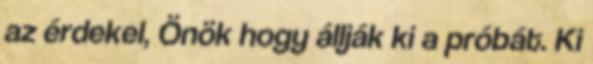
az érdekel, Önök hogy állják ki a próbát. Ki